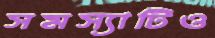
সমস্যাটিও